Report on vaccination in the Province of Bengal - 1874-1889
Year: 1874
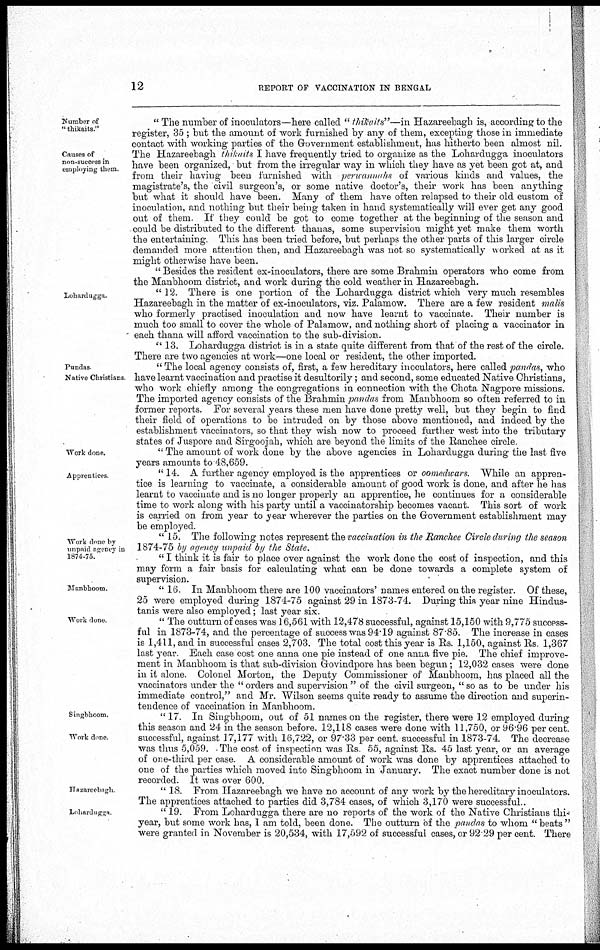
12
REPORT OF VACCINATION IN BENGAL
Number of
" thikarts."
Causes of
non-success in
employing them
" The number of inoculators—here called "thikarts"—in Hazareebagh is, according to the
register, 35 ; but the amount of work furnished by any of them, excepting those in immediate
contact with working parties of the Government establishment, has hitherto been almost nil.
The Hazareebagh thikarts I have frequently tried to organize as the Lohardugga inoculators
have been organized, but from the irregular way in which they have as yet been got at, and
from their having been furnished with perwannahs of various kinds and values, the
magistrate's, the civil surgeon's, or some native doctor's, their work has been anything
but what it should have been. Many of them have often relapsed to their old custom of
inoculation, and nothing but their being taken in hand systematically will ever get any good
out of them. If they could be got to come together at the beginning of the season and
could be distributed to the different thanas, some supervision might yet make them worth
the entertaining This has been tried before, but perhaps the other parts of this larger circle
demanded more attention then, and Hazareebagh was not so systematically worked at as it
might otherwise have been.
" Besides the resident ex-inoculators, there are some Brahmin operators who come from
the Manbhoom district, and work during the cold weather in Hazareebagh.
Lohardugga.
" 12. There is one portion of the Lohardugga district which very much resembles
Hazareebagh in the matter of ex-inoculators, viz. Palamow. There are a few resident malis
who formerly practised inoculation and now have learnt to vaccinate. Their number is
much too small to cover the whole of Palamow, and nothing short of placing a vaccinator in
each thana will afford vaccination to the sub-division.
"13. Lohardugga district is in a state quite different from that of the rest of the circle.
There are two agencies at work—one local or resident, the other imported.
Pundas
Native Christians
" The local agency consists of, first, a few hereditary inoculators, here called pandas, who
have learnt vaccination and practise it desultorily; and second, some educated Native Christians,
who work chiefly among the congregations in connection with the Chota Nagpore missions.
The imported agency consists of the Brahmin pandas from Manbhoom so often referred to in
former reports. For several years these men have done pretty well, but they begin to find
their field of operations to be intruded on by those above mentioned, and indeed by the
establishment vaccinators, so that they wish now to proceed further west into the tributary
states of Juspore and Sirgoojah, which are beyond the limits of the Ranchee circle
Work done.
" The amount of work done by the above agencies in Lohardugga during the last five
years amounts to 48,659.
Apprentices
" 14. A further agency employed is the apprentices or oomedwars. While an appren-
tice is learning to vaccinate, a considerable amount of good work is done, and after he has
learnt to vaccinate and is no longer properly an apprentice, he continues for a considerable
time to work along with his party until a vaccinatorship becomes vacant. This sort of work
is carried on from year to year wherever the parties on the Government establishment may
be employed.
Work done by
unpaid agency in
1874-75.
"15. The following notes represent the vaccination in the Ranchee Circle during the season
1874-75 by agency unpaid by the State.
" I think it is fair to place over against the work done the cost of inspection, and this
may form a fair basis for calculating what can be done towards a complete system of
supervision.
Manbhoom
" 16. In Manbhoom there are 100 vaccinators' names entered on the register. Of these,
25 were employed during 1874-75 against 29 in 1873-74. During this year nine Hindus-
tanis were also employed; last year six.
Work done
" The outturn of cases was 16,561 with 12,478 successful, against 15,150 with 9,775 success-
ful in 1873-74, and the percentage of success was 94.19 against 87.85. The increase in cases
is 1,411, and in successful cases 2,703. The total cost this year is Rs. 1,150, against Rs 1,367
last year. Each case cost one anna one pie instead of one anna five pie. The chief improve-
ment in Manbhoom is that sub-division Govindpore has been begun; 12,032 cases were done
in it alone. Colonel Morton, the Deputy Commissioner of Manbhoom, has placed all the
vaccinators under the " orders and supervision " of the civil surgeon, " so as to be under his
immediate control," and Mr. Wilson seems quite ready to assume the direction and superin-
tendence of vaccination in Manbhoom.
Singbhoom.
Work done.
"17. In Singbhoom, out of 51 names on the register, there were 12 employed during
this season and 24 in the season before. 12,118 cases were done with 11,750, or 96.96 per cent.
successful, against 17,177 with 16,722, or 97.33 per cent. successful in 1873-74. The decrease
was thus 5,059. - The cost of inspection was Rs. 55, against Rs. 45 last year, or an average
of one-third per case A considerable amount of work was done by apprentices attached to
one of the parties which moved into Singbhoom in January. The exact number done is not
recorded. It was over 600.
Hazareebagh
" 18. From Hazareebagh we have no account of any work by the hereditary inoculators.
The apprentices attached to parties did 3,784 cases, of which 3,170 were successful..
Lohardugga
"19. From Lohardugga there are no reports of the work of the Native Christians this
year, but some work has, I am told, been done. The outturn of the pandas to whom " beats "
were granted in November is 20,534, with 17,592 of successful cases, or 92 29 per cent. There